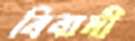
বিবাদী